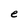
Character: e